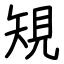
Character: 䂓